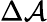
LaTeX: \Delta\mathcal{A}